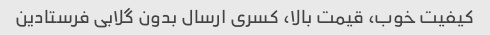
کیفیت خوب، قیمت بالا، کسری ارسال بدون گلابی فرستادین